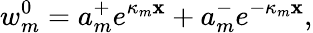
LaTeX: w_{m}^{0}=a_{m}^{+}e^{\kappa_{m}\mathbf{x}}+a_{m}^{-}e^{-\kappa_{m}\mathbf{x}},